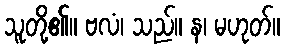
သူတို့၏။ ဗလံ၊ သည်။ န၊ မဟုတ်။